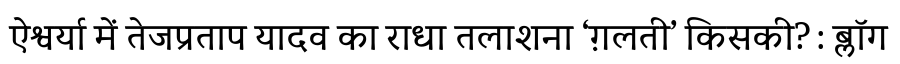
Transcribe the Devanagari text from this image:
ऐश्वर्या में तेजप्रताप यादव का राधा तलाशना ‘ग़लती’ किसकी? : ब्लॉग